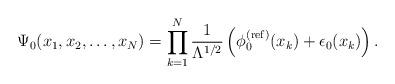
LaTeX: \begin{align*} \Psi_{0}(x_{1},x_{2},\ldots,x_{N}) =\prod_{k=1}^{N}\frac{1}{\Lambda^{1/2}}\left(\phi_{0}^{(\mathrm{ref})}(x_{k}) +\epsilon_{0}(x_{k})\right).\end{align*}